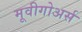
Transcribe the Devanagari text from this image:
मूवीगोअर्स